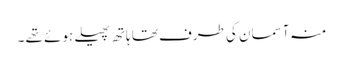
منہ آسمان کی طرف تھا ہاتھ پھیلے ہوئے تھے ۔